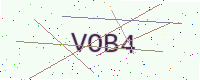
Text: VOB4